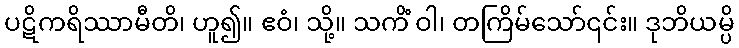
ပဋိကရိဿာမီတိ၊ ဟူ၍။ ဧဝံ၊ သို့။ သကိံ ဝါ၊ တကြိမ်သော်၎င်း။ ဒုဘိယမ္ပိ